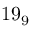
1 9 _ { 9 }